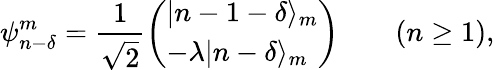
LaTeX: \psi_{n-\delta}^{m}=\frac{1}{\sqrt{2}}\left(\begin{array}{l}{|n-1-\delta\rangle_{m}}\\ {-\lambda|n-\delta\rangle_{m}}\end{array}\right)\qquad(n\geq 1),